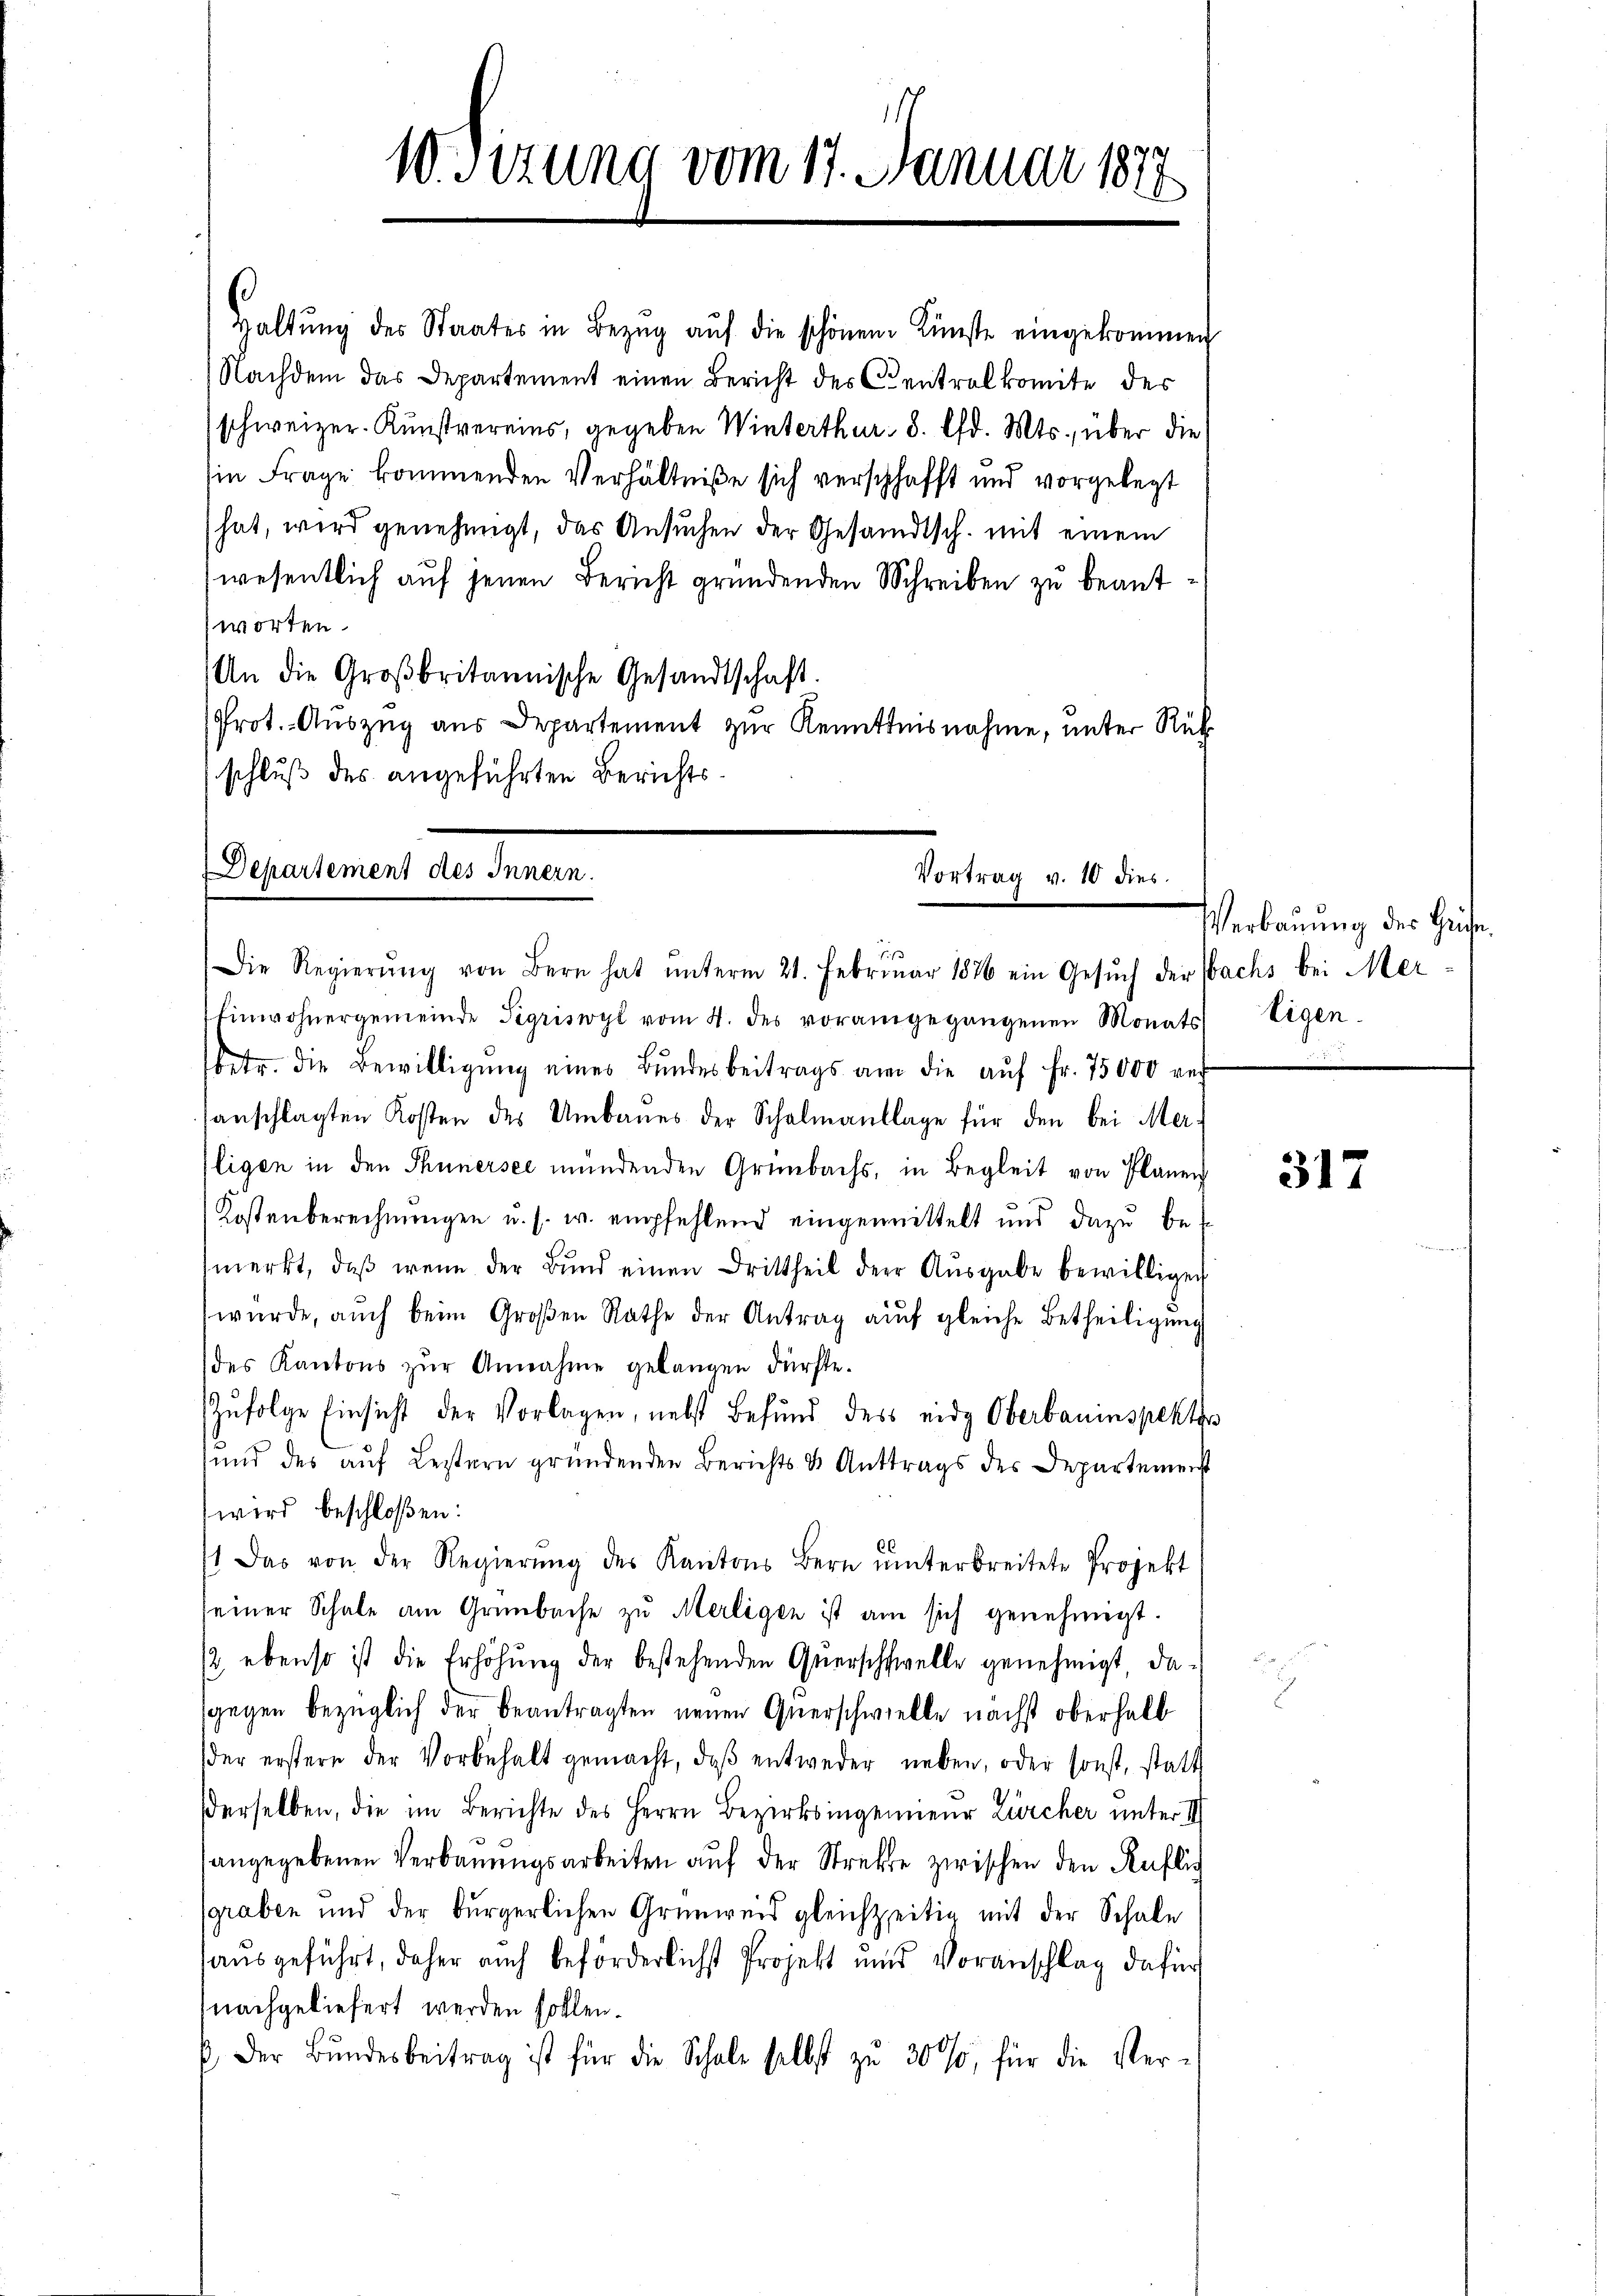
10 Sizung vom 17. Januar 1877

Haltŭng des Staates in Bezŭg aŭf die schönen Künste eingekommen
Nachdem das Departement einen Bericht des Centralkomite des
schweizer. Kunstvereins, gegeben Winterthur 8. lfd. Mts., über die
(in Frage kommenden Verhältniße sich verschafft und vorgelegt
hat, wird genehmigt, das Ansuchen der Gesandtsch. mit einem
wesentlich auf jenen Bericht gründenden Schreiben zu beantworten.
An die Großbritannische Gesandtschaft.
Prot. Aŭszŭg aŭs Departement zŭr Kenntnisnahme, unter Rück
schluß des angeführten Berichts¬

Departement des Innern.
Vortrag v. 10 dies
is
Die Regierŭng von Bern hat ŭnterm 21. Februar 1876 ein Gesŭch der Wachs bei Mer¬

Einwohnergemeinde Sigriswyl vom 4. des vorangegangenen Monats Eigen-
betr. die Bewilligŭng eines Bŭndesbeitrags am die aŭf Fr. 75000 ref
sanschlagten Kosten des Umbaŭes der Schulmanklage für den bei Mer-
Eigen in den Thunersee mündenden Grünbachs, in Begleit von Planen
Kostenberechnŭngen u. s. w. empfehlend eingewittelt und dazŭ be
merkt, daβ wenn der Bŭnd einen Drittheil der Aŭsgabe bewilligen
wurde, auch beim Großen Rathe der Antrag auf gleiche Betheiligung
des Kantons zŭr Annahme gelangen dürfte.
Zŭfolge Einsicht der Vorlagen, nebst befŭnd des eidg Oberbauinspektor
ŭnd des aŭf Leztern gründenden Berichts & Anttrags des Departemenst
wird beschloßen:
6
1 das von der Regierŭng des Kantons Bern einterbreitete Projekt
seiner Schale am Grünbache zu Merligen ist am sich genehmigt.
/2 ebenso ist die Erhöhŭng der bestehenden Qŭerschwelle genehmigt, da-
sgegen bezüglich der Beantragten neuen Querschwielle nächst oberhalb
der erstern der Vorbehalt gemacht, daβ entweder neben, oder sonst, statt
derselben, die im Berichte des Herrn Bezirksingenieur Zürcher unter II
angegebenen Verbaŭŭngsarbeiten auf der Strebte zwischen den Ruflich
graben und der bürgerlichen Grünweis gleichzeitig mit der Schale
aŭsgeführt, daher auch beförderlichst Projekt und Voranschlag dafür
nachgeliefert werden sollen.
6. Der Bŭndesbeitrag ist für die Schale selbst zŭ 30%, für die Ver-

Verbauung des Heise.

317